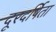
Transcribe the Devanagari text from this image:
दूरदर्षिता